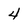
Character: 4